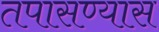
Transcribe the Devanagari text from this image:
तपासण्यास